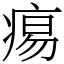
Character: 痬